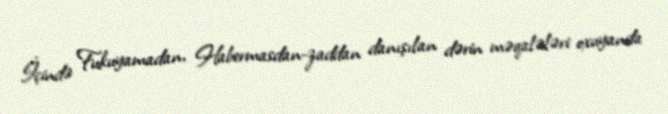
İçində Fukuyamadan, Habermasdan-zaddan danışılan dərin məqalələri oxuyanda